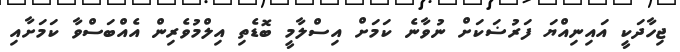
ޖިހާދަކީ އައިނިއްޔަ ފަރުޟަކަށް ނުވާނެ ކަމަށް އިސްލާމީ ބޮޑެތި އިލްމުވެރިން އެއްބަސްވާ ކަމަށާއި